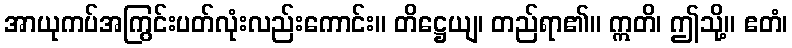
အာယုကပ်အကြွင်းပတ်လုံးလည်းကောင်း။ တိဋ္ဌေယျ၊ တည်ရာ၏။ ဣတိ၊ ဤသို့။ ဧတံ၊